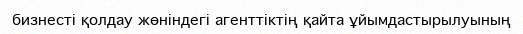
бизнесті қолдау жөніндегі агенттіктің қайта ұйымдастырылуының